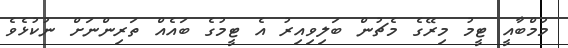
މުމްބާއީ ޓީމު މިރޭގެ މެޗުން ބަލިވިއިރު އެ ޓީމުގެ ބައެއް ތަރިންނަށް ނުކުޅެވެ